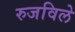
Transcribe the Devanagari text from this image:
रुजविले